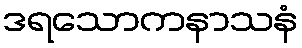
ဒရသောကနာသနံ